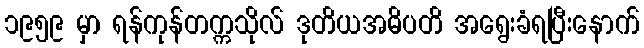
၁၉၅၉ မှာ ရန်ကုန်တက္ကသိုလ် ဒုတိယအဓိပတိ အရွေးခံရပြီးနောက်